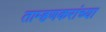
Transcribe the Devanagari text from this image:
ताम्हणकरांच्या